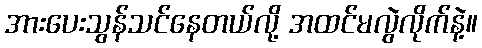
အားပေးသွန်သင်နေတယ်လို့ အထင်မလွဲလိုက်နဲ့။